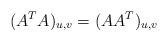
LaTeX: \begin{align*}(A^TA)_{u,v} = (AA^T)_{u,v}\end{align*}